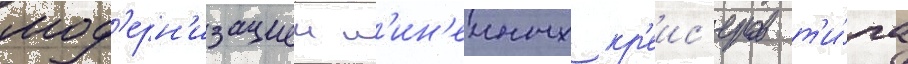
мод'ерн'изациеи л'ин'еиных кр'еис'еров т'и́па